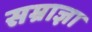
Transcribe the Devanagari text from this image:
सम्राज्ञा